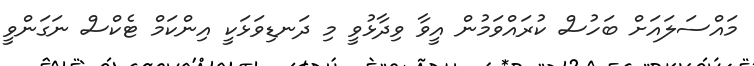
މައްސަލައަށް ބަހުސް ކުރައްވަމުން އީވާ ވިދާޅުވީ މި ދަނޑިވަޅަކީ އިންކަމް ޓެކްސް ނަގަންވީ